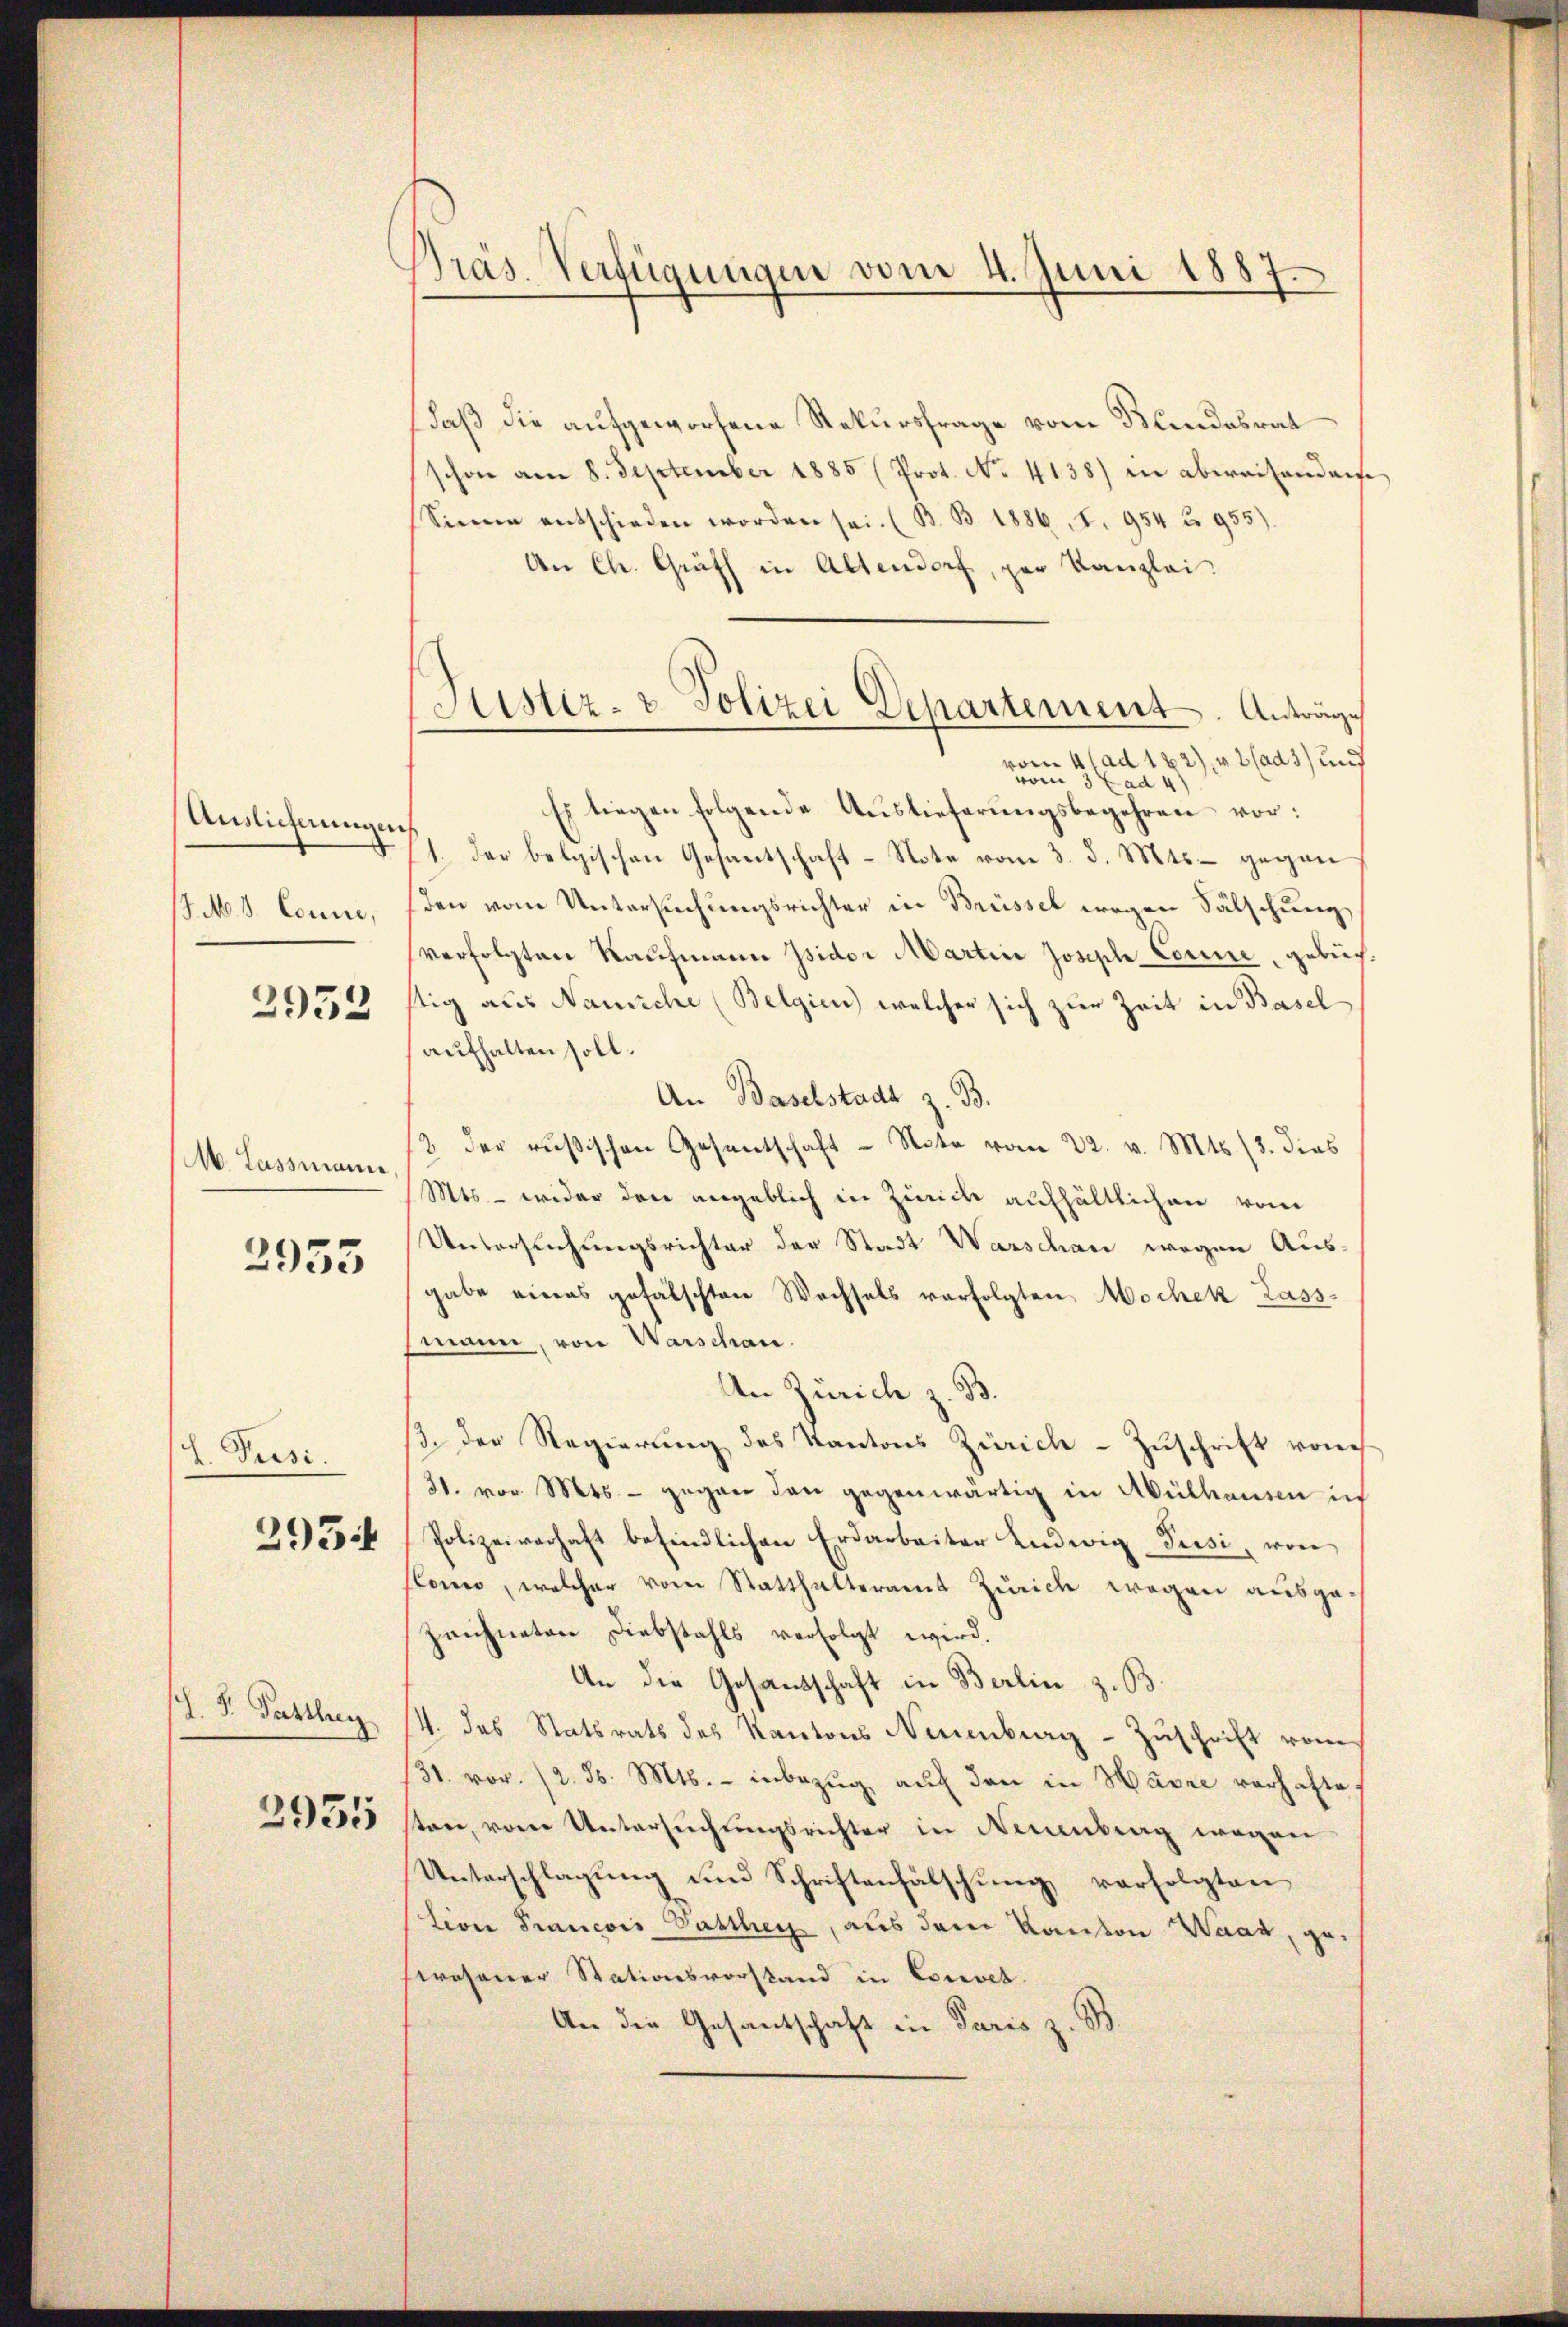
Auslichnungen.
/J.M. V. Conne,
2952

M. Lassmann

2955

I. Pusi
2954

Präs. Verfügungen vom 4. Juni 1887.

daß die aufgeworfene Rekursfrage vom Bundesrat
schon am 8. September 1885 (Prot. No. 4138) in abweisenden
Sinne entschieden worden sei. (B. B. 1886, S. 954 u. 955).
An Ch. Grüth in Altendorf, par Kanzlei.
vom 4. ad 182), u. 2 (ad 3) und
vom 3 Lad 4)
Es liegen folgende Auslieferungsbegehren vor:
1. Der belgischen Gesantschaft-Note vom 3. d. Mts. gegen
sden vom Untersuchungsrichter in Brüssel wegen Fälschung,
verfolgten Kaufmann Isidor Martin Joseph Corie, gebüchstig aus Nanische (Belgien welcher sich zur Zeit in Baselaufhalten soll.
An Baselstadt z. B.
2 der russischen Gesentschaft - Note vom 22. v. Mts. (3. dies
Mts. - wider den angeblich in Zürich aufhältlichen vom
Untersuchungsrichter der Stadt Warschan wegen Aus-
gabe eines gefälschten Wechsels verfolgten Wochen Lassmann, von Warschan.
An Zürich z. B.
/. der Regierung des Kantons Zürich - Zuschrift von
31. vor. Mts. - gegen den gegenwärtig in Abülhausen in
Polizeiverhaft befindlichen Erdarbeiter Ludwig Pusi, von
slonno, welcher vom Statthalteramt Zürich wegen ausgezeichneten Diebstahls verfolgt wird.
An die Gesandschaft in Berlin z. B.
J. F. Sattler 14. das Statsrats des Kantons Neuenburg - Zuschrift vom
31. vor. (2. d. Mts. - inbezŭg aŭf den in Havre verhalte,
2025 sten, vom Untersuchungsrichter in Neuenbrag wegen
Unterschlagung und Schriftenfälschung verfolgten
tion Francois Gasther, aus dem Kanton Waar, gewesener Stationsvorstand in Convet.
An die Gesantschaft in Paris z. B.

Sistiz- & Polizei Departement. Anträge